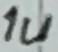
Text: 1u